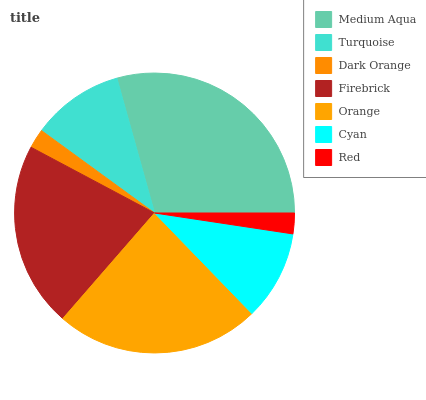
| Medium Aqua | Turquoise | Dark Orange | Firebrick | Orange | Cyan | Red |
 | --- | --- | --- | --- | --- | --- | --- |
 | 29.3% | 10.7% | 2.25% | 21.4% | 23.6% | 10.4% | 2.39% |